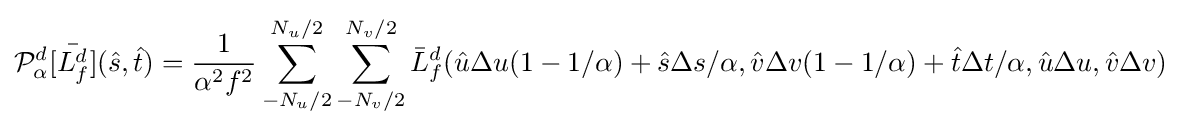
{\mathcal {P}}_{\alpha }^{d}[{\bar {L_{f}^{d}}}]({\hat {s}},{\hat {t}})={1 \over \alpha ^{2}f^{2}}\sum _{-N_{u}/2}^{N_{u}/2}\sum _{-N_{v}/2}^{N_{v}/2}{\bar {L}}_{f}^{d}({\hat {u}}\Delta u(1-1/\alpha )+{\hat {s}}\Delta s/\alpha ,{\hat {v}}\Delta v(1-1/\alpha )+{\hat {t}}\Delta t/\alpha ,{\hat {u}}\Delta u,{\hat {v}}\Delta v)